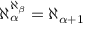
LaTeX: \aleph _ { \alpha } ^ { \aleph _ { \beta } } = \aleph _ { \alpha + 1 }